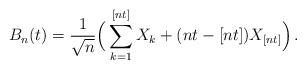
LaTeX: \begin{align*}B_n (t) = \frac{1}{\sqrt{n}} \Big ( \sum_{k=1}^{[nt]} X_k + (nt - [nt]) X_{[nt]} \Big ) \, .\end{align*}